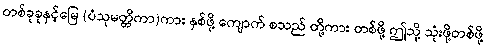
တစ်ခုခုနှင့်မြေ (ပံသုမတ္တိကာ)ကား နှစ်ဖို့ ကျောက် စသည် တို့ကား တစ်ဖို့ ဤသို့ သုံးဖို့တစ်ဖို့